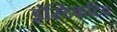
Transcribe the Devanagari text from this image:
इंस्टिंकटिव